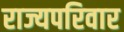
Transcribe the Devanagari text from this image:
राज्यपरिवार